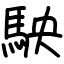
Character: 駚